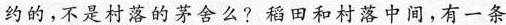
约的，不是村落的茅舍么?稻田和村落中间，有一条